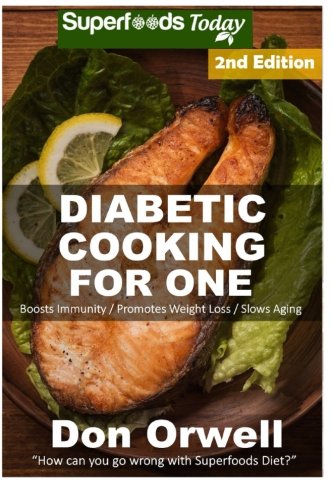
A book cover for Diabetic Cooking For One: 170+ Recipes, Diabetics Diet,Diabetic Cookbook For One,Gluten Free Cooking, Wheat Free, Antioxidants & Phytochemicals, ... Weight loss-Diabetic Living) (Volume 90); Don Orwell; Health, Fitness & Dieting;